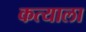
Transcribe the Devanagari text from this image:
कत्याला